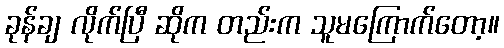
ခုန်ချ လိုက်ပြီ ဆိုက တည်းက သူမကြောက်တော့။